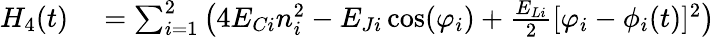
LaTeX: \begin{array}{rl}{H_{4}(t)}&{{}=\sum_{i=1}^{2}\big(4E_{Ci}n_{i}^{2}-E_{Ji}\cos(\varphi_{i})+\frac{E_{Li}}{2}[\varphi_{i}-\phi_{i}(t)]^{2}\big)}\end{array}